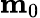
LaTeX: \mathbf{m}_{0}